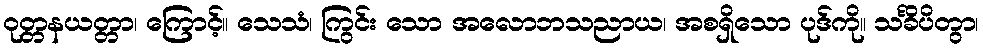
ဝုတ္တနယတ္တာ၊ ကြောင့်။ သေသံ၊ ကြွင်း သော အလောဘသညာယ၊ အစရှိသော ပုဒ်ကို။ သင်္ခိပိတွာ၊